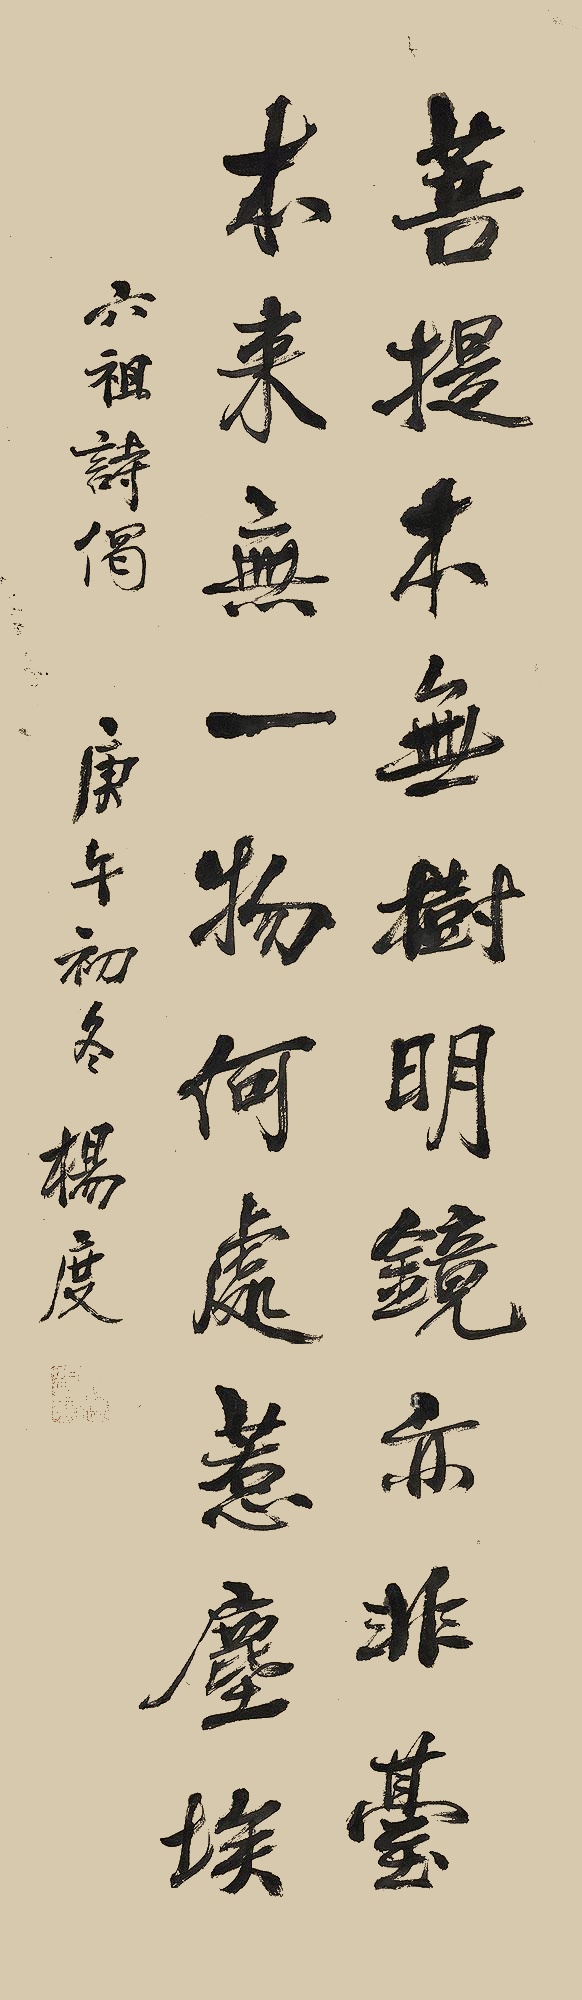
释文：菩提本无树，明镜亦非台。本来无一物，何处惹尘埃。六祖诗偈。庚午初冬杨度。